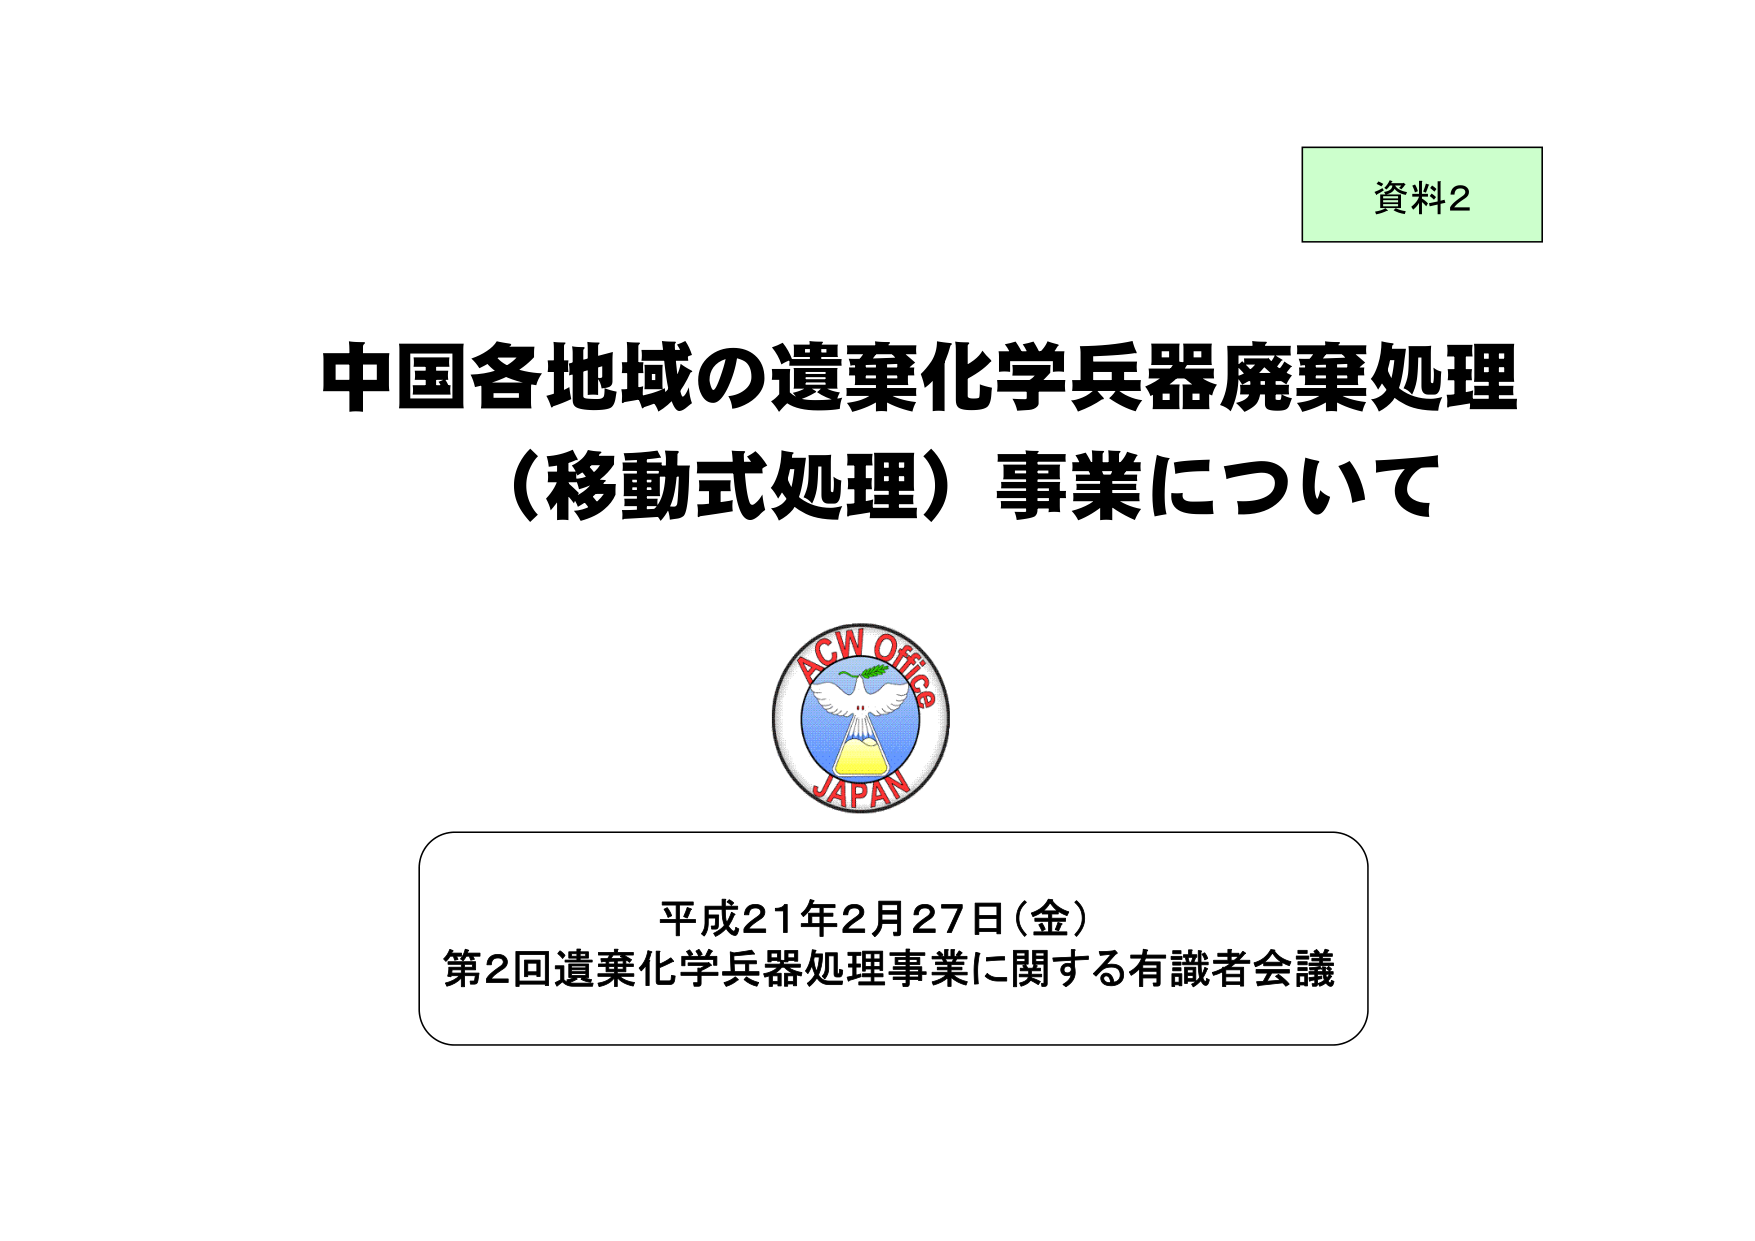
資料2
中国各地域の遺棄化学兵器廃棄処理
（移動式処理）事業について
ACW Office
JAPAN
平成21年2月27日（金）
第2回遺棄化学兵器処理事業に関する有識者会議